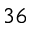
^ { 3 6 }